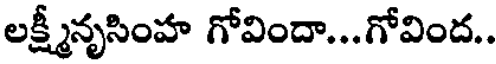
లక్ష్మీనృసింహ గోవిందా...గోవింద..